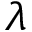
\lambda